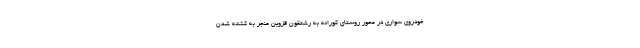
خودروی سواری در محور روستای کورانه به رشتقون قزوین منجر به کشته شدن